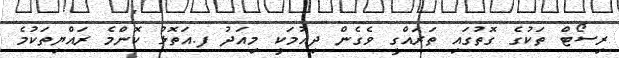
ރިސޯޓް ތަކުގެ ގޮތުގައި ތަރައްގީ ވެގެން ދިއުމަކީ މިއަދު ފ.އަތޮޅު ކޮންމެ ރައްޔިތަކުމެ